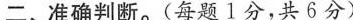
二、准确判断。(每题1分，共6分)